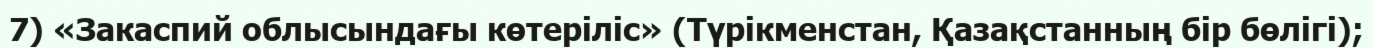
7) «Закаспий облысындағы көтеріліс» (Түрікменстан, Қазақстанның бір бөлігі);